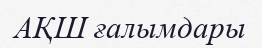
АҚШ ғалымдары